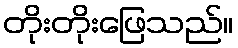
တိုးတိုးဖြေသည်။